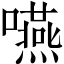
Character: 嚥